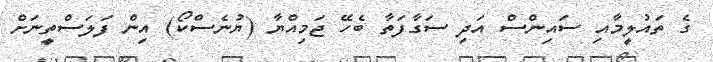
ގެ ތައުލީމާއި ސައިންސް އަދި ސަގާފަތާ ބެހޭ ޖަމިއްޔާ (ޔުނެސްކޯ) އިން ފަލަސްތީނަށް